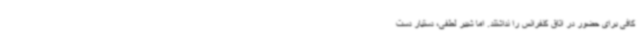
کافی برای حضور در اتاق کنفرانس را نداشتند. اما شبیر لطفی، دستیار دست